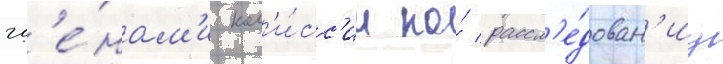
чл'е́нам'и ком'и́сс'ии по́ рассл'е́дован'иу